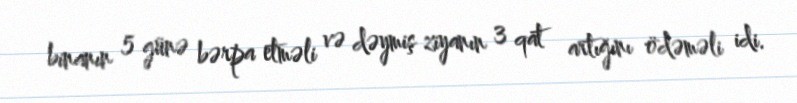
binanın 5 günə bərpa etməli və dəymiş ziyanın 3 qat artığını ödəməli idi.